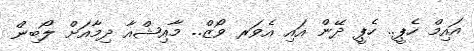
އައިމް ހެޕީ.. ހެޕީ ދޭން އައި އެވަރ ވޯޒް.. މާއިޝްއާ ދިމާއަށް ލޯބިން